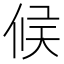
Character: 𠉀